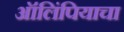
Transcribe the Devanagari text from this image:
ऑलिंपियाचा